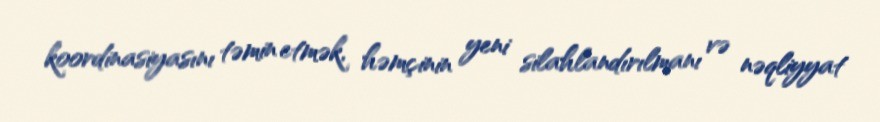
koordinasiyasını təmin etmək, həmçinin yeni silahlandırılmanı və nəqliyyat